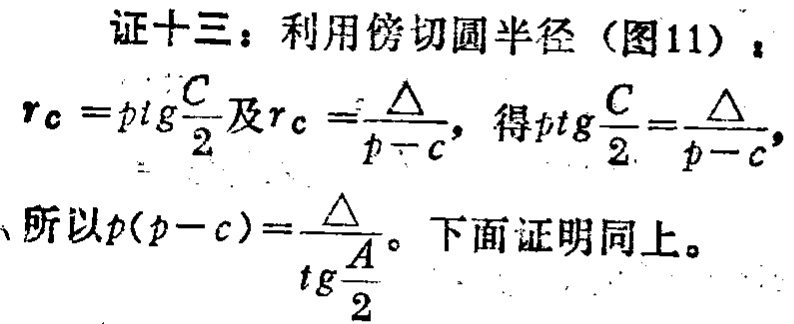
证十三：利用傍切圆半径（图11）：

\(r_{c}=p\mathrm{tg}\frac{C}{2}\)及\(r_{c}=\frac{\Delta}{p - c}\)，得\(p\mathrm{tg}\frac{C}{2}=\frac{\Delta}{p - c}\)，

所以\(p(p - c)=\frac{\Delta}{\mathrm{tg}\frac{A}{2}}\)。下面证明同上。